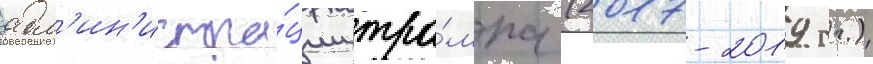
адм'ин'истра́ции тра́мпа (2017-2019 гг.)